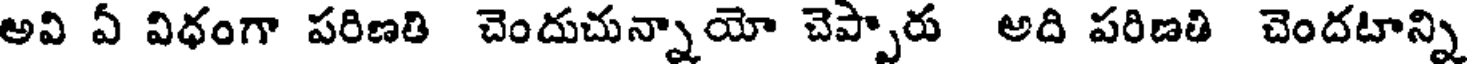
అవి ఏ విధంగా పరిణతి చెందుచున్నాయో చెప్పారు అది పరిణతి చెందటాన్ని